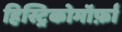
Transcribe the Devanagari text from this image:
हिस्ट्रिकोमॉर्फ़ा